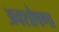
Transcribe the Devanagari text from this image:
अवशोषणा